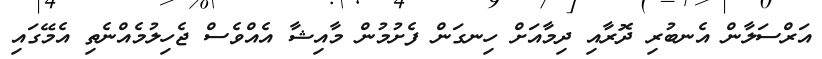
އަރްސަލާން އެނބުރި ދޮރާއި ދިމާއަށް ހިނގަން ފެށުމުން މާއިޝާ އެއްވެސް ޖެހިލުމެއްނެތި އެމޭގައި